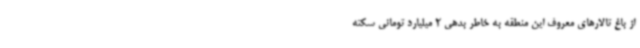
از باغ تالارهای معروف این منطقه به خاطر بدهی 2 میلیارد تومانی سکته